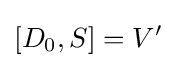
[D_{0},S]=V'